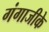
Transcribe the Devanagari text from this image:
गंगाजीके